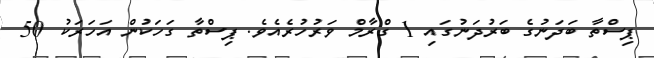
ޕިސްތާ ބަދަނުގެ ބަރުދަނުގައި 1 ގްރާމް ވަރުހުރެއެވެ. ޕިސްތާ ގަހަކުން އަހަރަކު 50